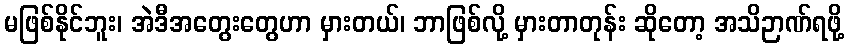
မဖြစ်နိုင်ဘူး၊ အဲဒီအတွေးတွေဟာ မှားတယ်၊ ဘာဖြစ်လို့ မှားတာတုန်း ဆိုတော့ အသိဉာဏ်ရဖို့